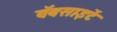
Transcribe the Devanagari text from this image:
वॅबसाइटें